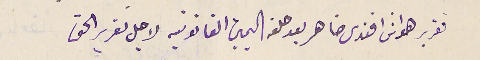
تقرير طنوسَ افندى ضاهر بعد حلفه اليمين القانونية لاجل تقرير الحق